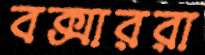
বক্সাররা